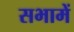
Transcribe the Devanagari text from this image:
सभामें